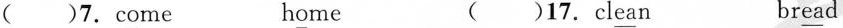
()7.c\underline{o}me h\underline{o}me ()17.cl\underline{ea}n br\underline{ea}d